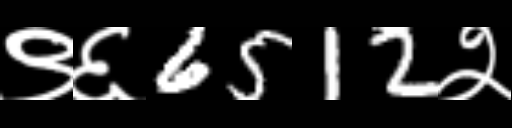
Text: ९६6512२